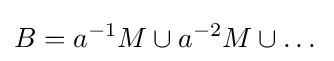
B=a^{-1}M\cup a^{-2}M\cup \dots